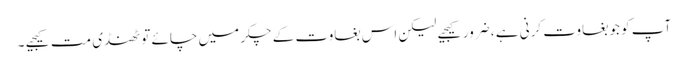
آپ کو جو بغاوت کرنی ہے ، ضرور کیجیے لیکن اس بغاوت کے چکر میں چائے تو ٹھنڈی مت کیجیے ۔